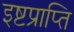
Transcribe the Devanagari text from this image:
इष्टप्राप्ति